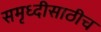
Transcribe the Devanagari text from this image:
समृध्दीसाठीच